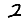
Digit: 2